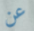
عن